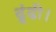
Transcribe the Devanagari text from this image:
ढूंढी।